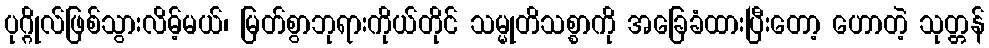
ပုဂ္ဂိုလ်ဖြစ်သွားလိမ့်မယ်၊ မြတ်စွာဘုရားကိုယ်တိုင် သမ္မုတိသစ္စာကို အခြေခံထားပြီးတော့ ဟောတဲ့ သုတ္တန်